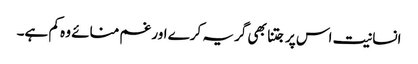
انسانیت اس پر جتنا بھی گریہ کرے اور غم منائے وہ کم ہے۔